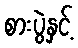
စားပွဲနှင့်